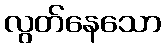
လွတ်နေသော